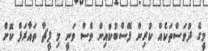
މީގެ ދުވަސްތަކެއް ކުރިން ފޭސްބުކްއިން ވެސް ވަނީ މި ފީޗާ ތައާރަފް ކޮށް